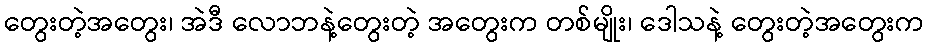
တွေးတဲ့အတွေး၊ အဲဒီ လောဘနဲ့တွေးတဲ့ အတွေးက တစ်မျိုး၊ ဒေါသနဲ့ တွေးတဲ့အတွေးက